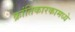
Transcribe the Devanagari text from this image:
क्रांतिकारकामध्ये